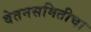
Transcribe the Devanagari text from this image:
वेतनसमितीचा